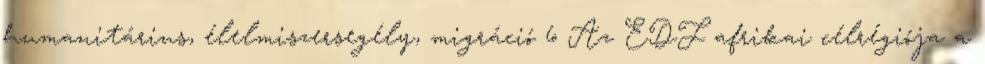
humanitárius, élelmiszersegély, migráció 6 Az EDF afrikai célrégiója a